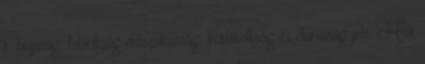
r. bujaság, falánkság erőszakosság, korlátoltság és durvaság jele. Már